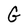
Character: G